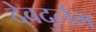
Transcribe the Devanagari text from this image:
देवदुर्लभ